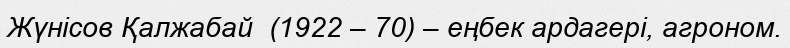
Жүнісов Қалжабай  (1922 – 70) – еңбек ардагері, агроном.